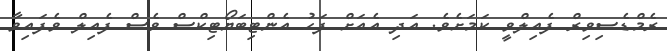
ރެމްޑެސިވިރް ފެއިލްވީ ކަމަށެވެ. އަދި އެއަށް ފަހު އެންޓިބަޔޯޓިކްސް ވެސް ފެއިލް ވެފައިވާ